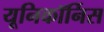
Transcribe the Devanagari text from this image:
यूनिकॉर्निस